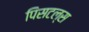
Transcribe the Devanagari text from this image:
पिसटल्स